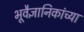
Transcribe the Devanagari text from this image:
भूवैज्ञानिकांच्या